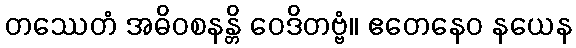
တဿေတံ အဓိဝစနန္တိ ဝေဒိတဗ္ဗံ။ ဧတေနေဝ နယေန